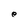
Character: e